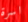
اسرة